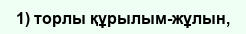
1) торлы құрылым-жұлын,